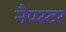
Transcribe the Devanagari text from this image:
नैप्प्स्टर